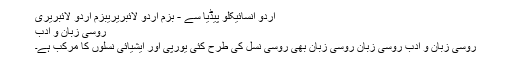
اردو انسائیکلو پیڈیا سے - بزم اردو لائبریریبزم اردو لائبریری
روسی زبان و ادب
روسی زبان و ادب روسی زبان روسی زبان بھی روسی نسل کی طرح کئی یورپی اور ایشیائی نسلوں کا مرکب ہے۔